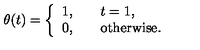
\theta ( t ) = \left\{ \begin{array} { l l } { 1 , \quad } & { t = 1 , } \\ { 0 , \quad } & { \mathrm { o t h e r w i s e } . } \\ \end{array} \right.